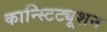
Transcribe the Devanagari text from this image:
कान्स्टिट्यूशन